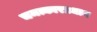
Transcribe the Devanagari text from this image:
चमत्कारप्रधान